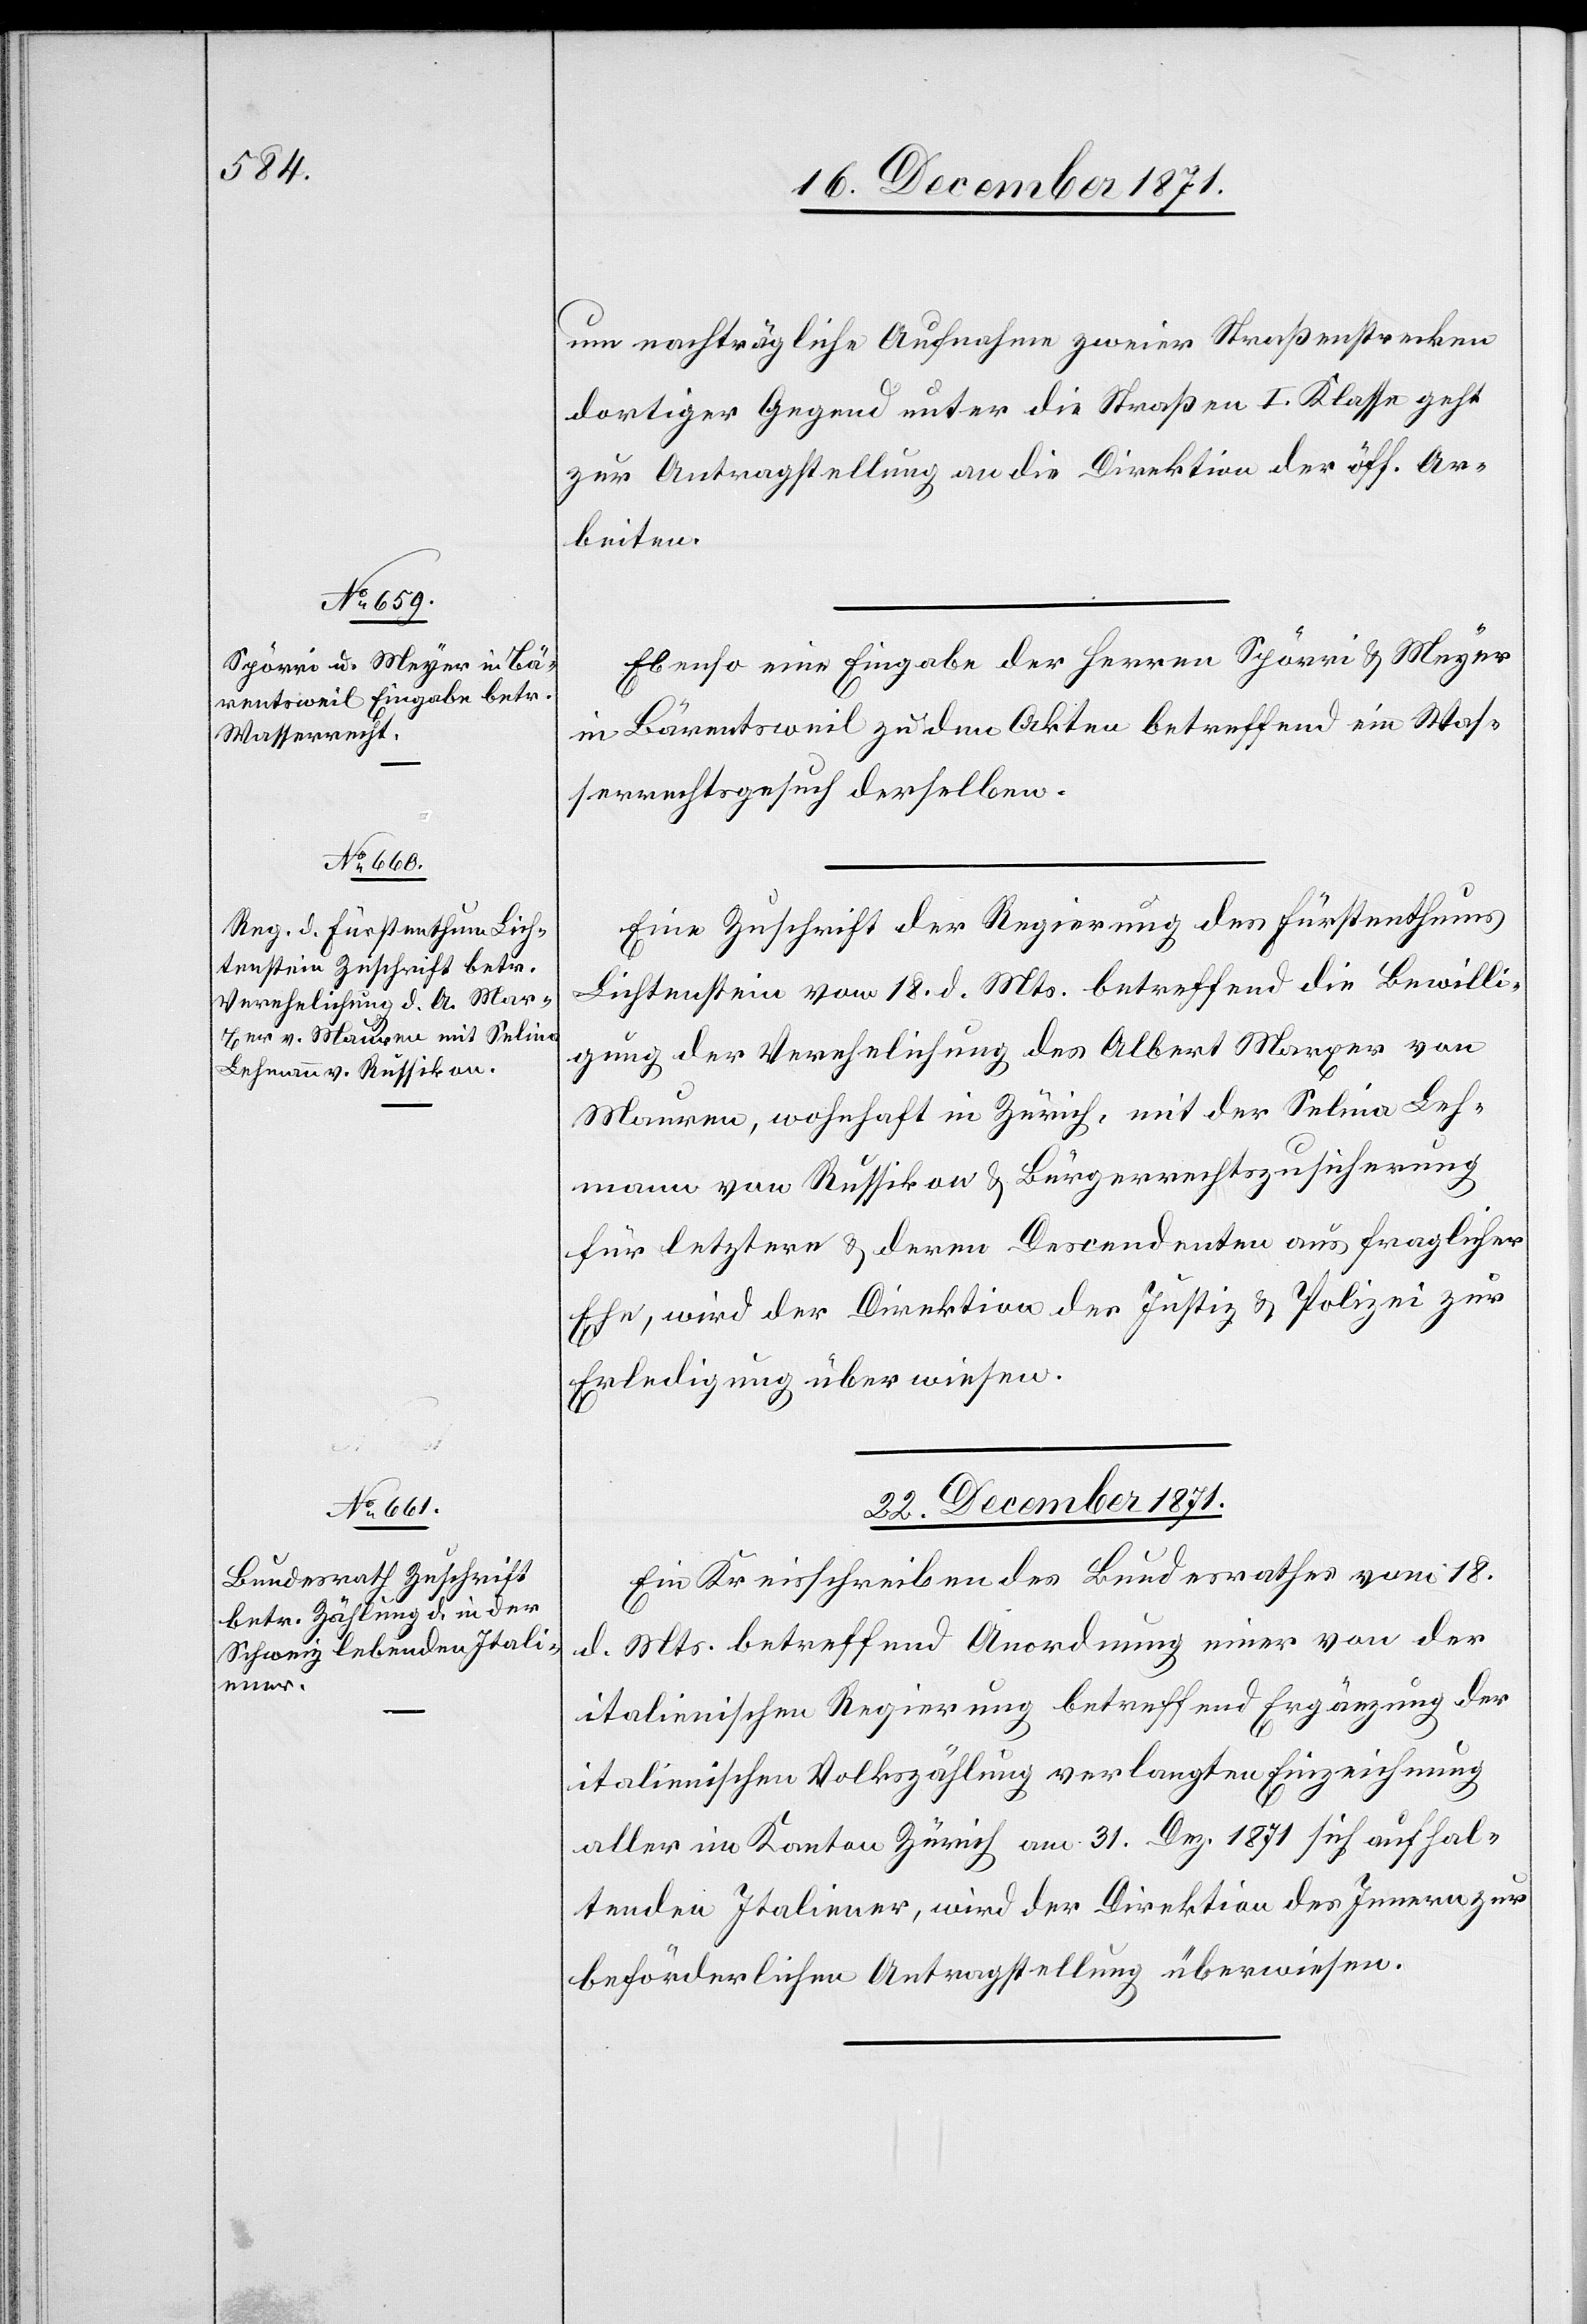
um nachträgliche Aufnahme zweier Straßenstrecken
dortiger Gegend unter die Straßen I. Klasse geht
zur Antragstellung an die Direktion der öff. Ar¬
beiten.
Ebenso eine Eingabe der Herren Spörri & Meyer
in Bärentsweil zu den Akten betreffend ein Was¬
serrechtsgesuch derselben.
Eine Zuschrift der Regierung des Fürstenthums
Lichtenstein vom 18. d. Mts. betreffend die Bewilli¬
gung der Verehelichung des Albert Marxer von
Mauren, wohnhaft in Zürich, mit der Selina Leh¬
mann von Russikon & Bürgerrechtszusicherung
für letztere & deren Descendenten aus fraglicher
Ehe, wird der Direktion der Justiz & Polizei zur
Erledigung überwiesen.
22. December 1871.
Ein Kreisschreiben des Bundesrathes vom 18.
d. Mts. betreffend Anordnung einer von der
italienischen Regierung betreffend Ergänzung der
italienischen Volkszählung verlangten Einzeichnung
aller im Kanton Zürich am 31. Dez. 1871 sich aufhal¬
tenden Italiener, wird der Direktion des Innern zur
behörderlichen Antragstellung überwiesen.